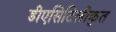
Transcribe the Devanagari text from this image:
डीएसिटिलीकृत